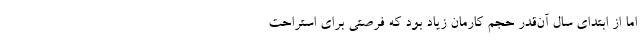
اما از ابتدای سال آن‌قدر حجم کارمان زیاد بود که فرصتی برای استراحت